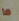
ما